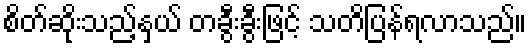
စိတ်ဆိုးသည့်နှယ် တခွီးခွီးဖြင့် သတိပြန်ရလာသည်။